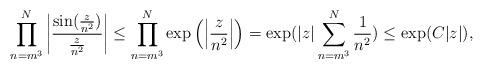
LaTeX: \begin{align*} \prod_{n=m^3}^{N}\left|\frac{\sin(\frac{z}{n^2})}{\frac{z}{n^2}}\right| \leq \prod_{n=m^3}^{N}\exp\left({\left|\frac{z}{n^2}\right|}\right)= \exp({|z|\sum_{n=m^3}^{N}\frac{1}{n^2}})\leq \exp(C|z|),\end{align*}